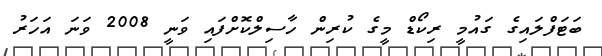
ބަޓަފްލައިގެ ގައުމީ ރިކޯޑް މީގެ ކުރިން ހާސިލްކޮށްފައި ވަނީ 2008 ވަނަ އަހަރު